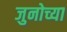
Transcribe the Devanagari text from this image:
जुनोच्या